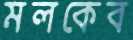
মলকেব